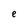
Character: e